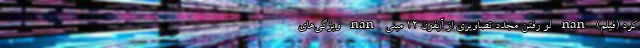
کرد (فیلم) nan لو رفتن مجدد تصاویری از آیفون 12 مینی nan ویژگی‌های